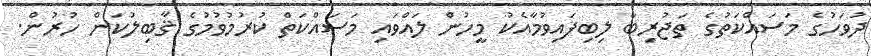
ދުވަހުގެ މަސައްކަތުގެ ތަޖުރިބާ ލިބިފައިވުމާއެކު މީހުން ލައްވައި މަސައްކަތް ކުރުމުވުމުގެ ޤާބިލުކަން ހުރުން.